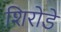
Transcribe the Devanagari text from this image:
शिरोडे